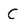
Character: C